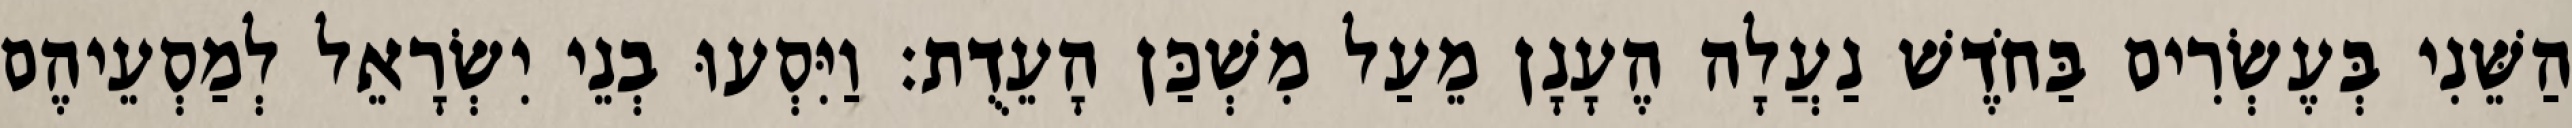
הַשֵּׁנִי בְּעֶשְׂרִים בַּחֹדֶשׁ נַעֲלָה הֶעָנָן מֵעַל מִשְׁכַּן הָעֵדֻת׃ וַיִּסְעוּ בְנֵי יִשְׂרָאֵל לְמַסְעֵיהֶם